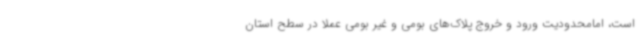
است، امامحدودیت ورود و خروج پلاک‌های بومی و غیر بومی عملا در سطح استان